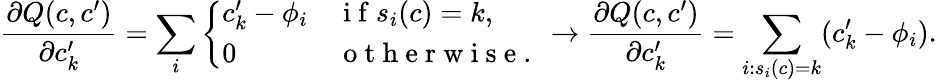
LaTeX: \frac{\partial Q(c,c^{\prime})}{\partial c_{k}^{\prime}}=\sum_{i}\left\{ \begin{array}{ll}{c_{k}^{\prime}-\phi_{i}}&{\mathrm{~i~f~}s_{i}(c)=k,}\\ {0}&{\mathrm{~o~t~h~e~r~w~i~s~e~.~}}\end{array}\right.\rightarrow\frac{\partial Q(c,c^{\prime})}{\partial c_{k}^{\prime}}=\sum_{i:s_{i}(c)=k}(c_{k}^{\prime}-\phi_{i}).